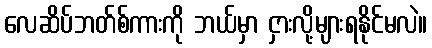
လေဆိပ်ဘတ်စ်ကားကို ဘယ်မှာ ငှားလို့များရနိုင်မလဲ။